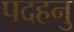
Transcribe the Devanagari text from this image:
पदहनु